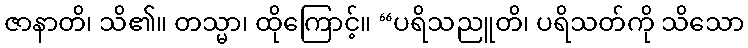
ဇာနာတိ၊ သိ၏။ တသ္မာ၊ ထိုကြောင့်။ “ပရိသညူတိ၊ ပရိသတ်ကို သိသော